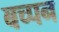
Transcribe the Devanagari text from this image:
बच्पन